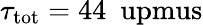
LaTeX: \tau_{\mathrm{tot}}=44~\mathrm{\ upmus}